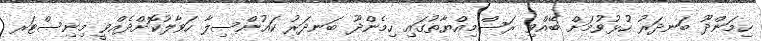
ހިމަންދޫ ބަނދަރު ހުޅުވުމަށް ބޭއްވި ރަސްމިއްޔާތުގައި ހިމެންދޫ ބަނދަރު ކައުންސިލާ ހަވާލުކޮށްދެއްވީ މިނިސްޓަރ